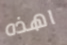
اهذه